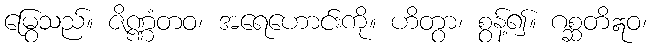
မြွေသည်။ ဇိဏ္ဏံတဝ၊ အရေဟောင်းကို။ ဟိတွာ၊ စွန့်၍။ ဂစ္ဆတိဣဝ၊